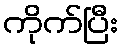
ကိုက်ပြီး